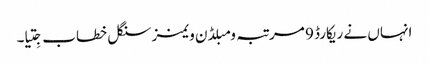
انہاں نے ریکارڈ 9 مرتبہ ومبلڈن ویمنز سنگل خطاب جِتیا۔